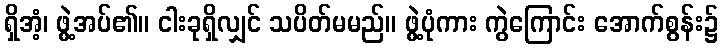
ရှိအံ့၊ ဖွဲ့အပ်၏။ ငါးခုရှိလျှင် သပိတ်မမည်။ ဖွဲ့ပုံကား ကွဲကြောင်း အောက်စွန်း၌